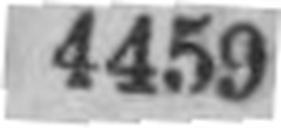
4459